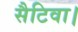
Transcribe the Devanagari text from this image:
सैटिवा।